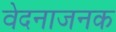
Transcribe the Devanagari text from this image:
वेदनाजनक